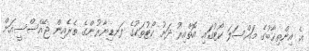
އެ އިންތިޚާބުގެ މައްސަލަ ކޯޓުގައި އޮތްއިރު ދަށު ކޯޓުތަކުގެ ފަނޑިޔާރުންގެ ތެރެއިން ޖޭއެސްސީއަށް